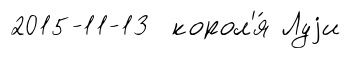
2015-11-13 корол'я́ Луjи